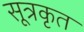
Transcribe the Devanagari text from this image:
सूत्रकृत